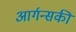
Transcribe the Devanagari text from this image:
आर्गन्सकी